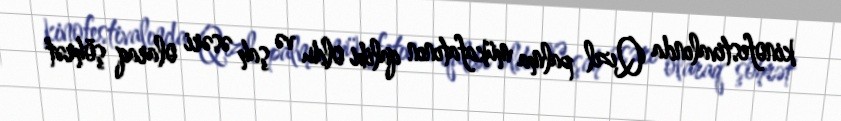
kinofestivalında Qızıl palma mükafatının qalibi oldu və şah əsəri olaraq şöhrət